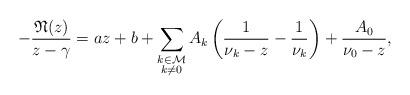
LaTeX: \begin{align*} -\frac{\mathfrak{N}(z)}{z-\gamma}= a z + b + \sum_{\substack{k \in \mathcal{M}\\ k \not=0}} A_{k}\left(\frac{1}{\nu_k - z}-\frac{1}{\nu_k}\right) + \frac{A_0}{\nu_0-z},\end{align*}